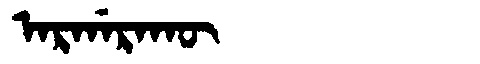
Manchu: ᠠᡵᡤᠠᡵᠠᡴᡡ
Romanization: ARGARAKŪ